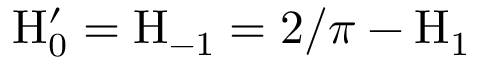
\mathrm { H } _ { 0 } ^ { \prime } = \mathrm { H } _ { - 1 } = 2 / \pi - \mathrm { H } _ { 1 }